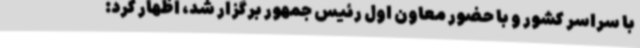
با سراسر کشور و با حضور معاون اول رئیس جمهور برگزار شد، اظهار کرد: